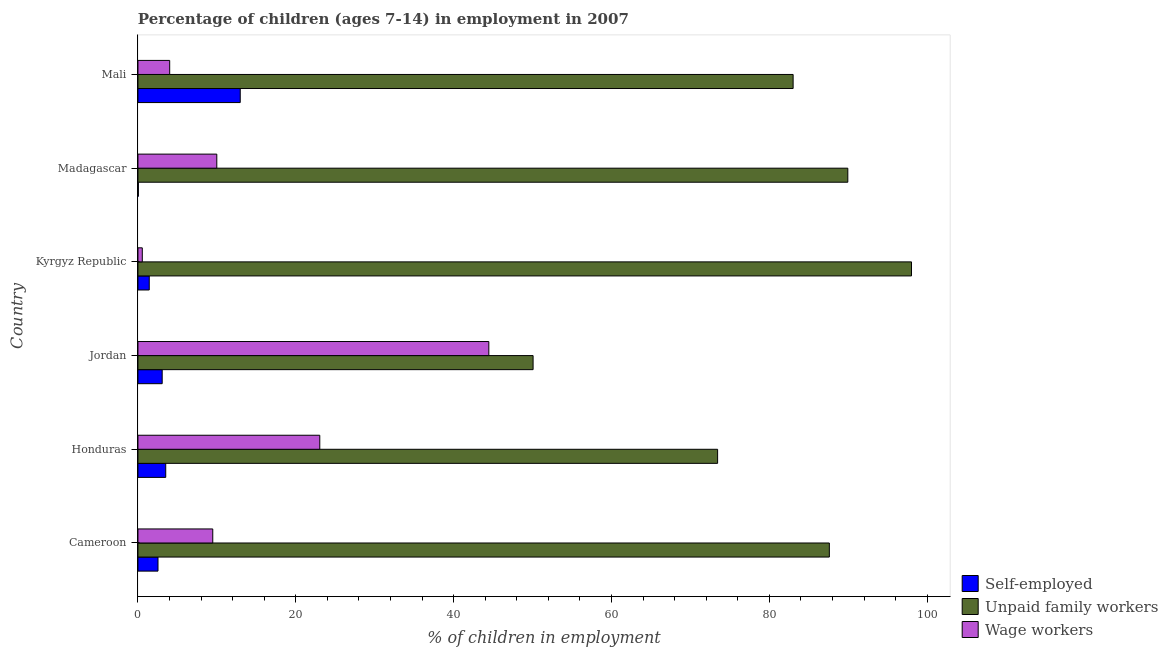
| Country | Self-employed | Unpaid family workers | Wage workers |
 | --- | --- | --- | --- |
 | Cameroon | 2.54 | 87.6 | 9.48 |
 | Honduras | 3.52 | 73.5 | 23 |
 | Jordan | 3.07 | 50.1 | 44.5 |
 | Kyrgyz Republic | 1.43 | 98 | 0.55 |
 | Madagascar | 0.05 | 90 | 9.99 |
 | Mali | 13 | 83 | 4.02 |